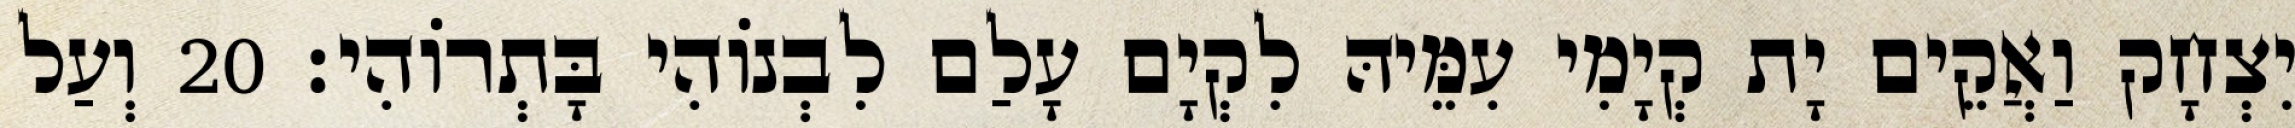
יִצְחָק וַאֲקֵים יָת קְיָמִי עִמֵּיהּ לִקְיָם עָלַם לִבְנוֹהִי בָּתְרוֹהִי׃ 20 וְעַל